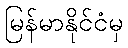
မြန်မာနိုင်ငံမှ